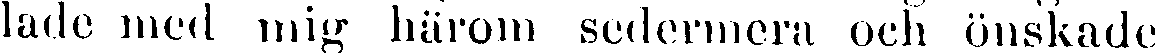
lade med mig härom sedermera och önskade